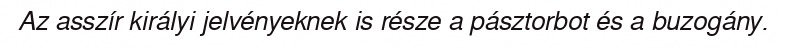
Az asszír királyi jelvényeknek is része a pásztorbot és a buzogány.